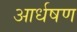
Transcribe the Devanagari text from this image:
आर्धषण